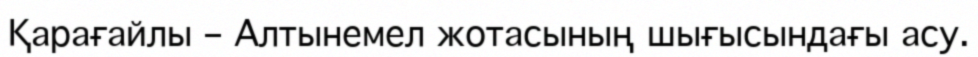
Қарағайлы – Алтынемел жотасының шығысындағы асу.